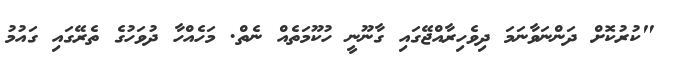
"ކުރުކޮށް ދަންނަވާނަމަ ދިވެހިރާއްޖޭގައި ގާނޫނީ ހުކޫމަތެއް ނެތް. މަހެއްހާ ދުވަހުގެ ތެރޭގައި ގައުމު